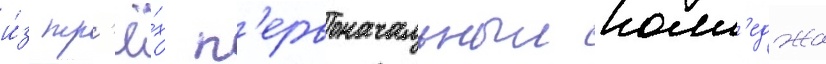
и́з тр'ё́х п'ервоначальныи колл'еджа